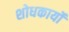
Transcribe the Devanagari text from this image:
शोधकार्यो